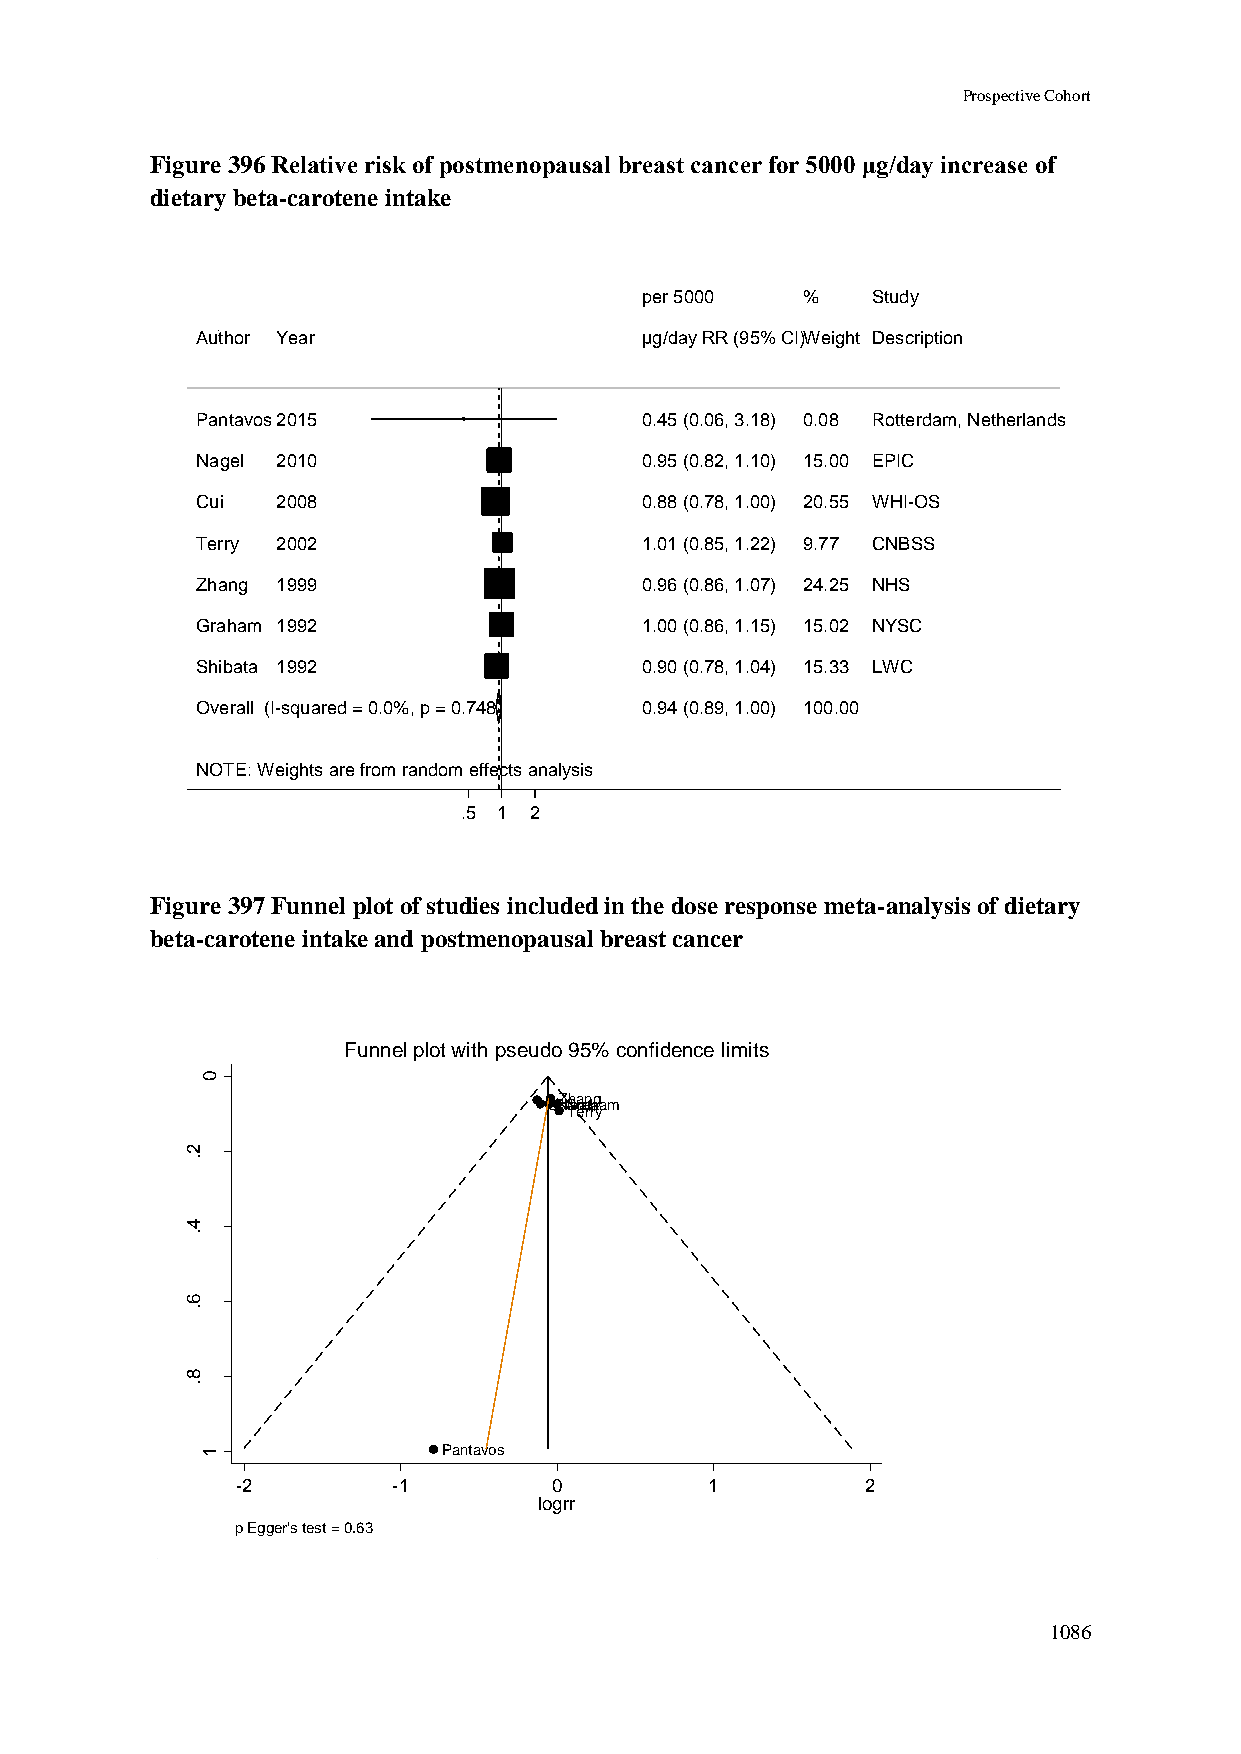
Prospective Cohort
 Figure 396 Relative risk of postmenopausal breast cancer for 5000 μg/day increase of
 dietary beta-carotene intake
 ppeerr 55000000 %% Study
 Author Year                  µµgg//ddaayy RRRR ((9955%% CCII))WWeeiigghhtt Description
 Pantavos2015                 00..4455 ((00..0066,, 33..1188)) 00..0088 Rotterdam, Netherlands
 Nagel 2010                   00..9955 ((00..8822,, 11..1100)) 1155..0000 EPIC
 Cui  2008                    00..8888 ((00..7788,, 11..0000)) 2200..5555 WHI-OS
 Terry 2002                   11..0011 ((00..8855,, 11..2222)) 99..7777 CNBSS
 Zhang 1999                   00..9966 ((00..8866,, 11..0077)) 2244..2255 NHS
 Graham 1992                  11..0000 ((00..8866,, 11..1155)) 1155..0022 NYSC
 Shibata 1992                 00..9900 ((00..7788,, 11..0044)) 1155..3333 LWC
 Overall (I-squared = 0.0%, p = 0.748) 00..9944 ((00..8899,, 11..0000)) 110000..0000
 NOTE: Weights are from random effects analysis
 .5 11 2
 Figure 397 Funnel plot of studies included in the dose response meta-analysis of dietary
 beta-carotene intake and postmenopausal breast cancer
 Funnel plot with pseudo 95% confidence limits
 0
 CSuNZhiGihabagraaenthaglam
 Terry
 2
 .
 r rg    4 .
 o
 l
 fo
 .e
 .s      6
 .
 8
 .
 1               Pantavos
 -2        -1         0         1         2
 logrr
 p Egger's test = 0.63
 1086